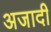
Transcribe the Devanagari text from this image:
अजादी